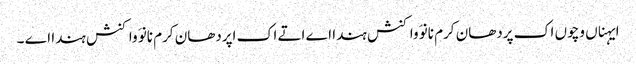
ایہناں وچوں اک پردھان کرم نانوَ واکنش ہندا اے اتے اک اپردھان کرم نانوَ واکنش ہندا اے ۔